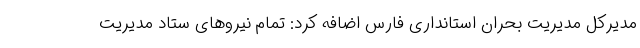
مدیرکل مدیریت بحران استانداری فارس اضافه کرد: تمام نیروهای ستاد مدیریت